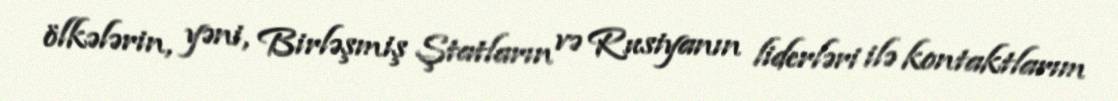
ölkələrin, yəni, Birləşmiş Ştatların və Rusiyanın liderləri ilə kontaktlarım